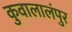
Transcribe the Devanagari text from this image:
कुवालालंपुर